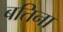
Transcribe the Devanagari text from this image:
बतिना